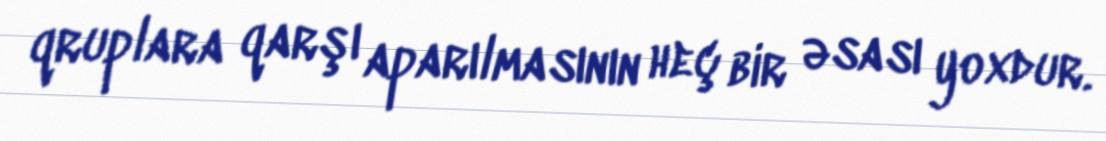
qruplara qarşı aparılmasının heç bir əsası yoxdur.